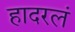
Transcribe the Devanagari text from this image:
हादरलं